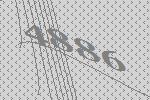
4886